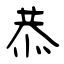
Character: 恭